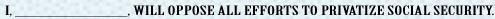
I,_,WILL OPPOSE ALL EFOORTS TO PRIVATIZE SOCIAL SECURITY.